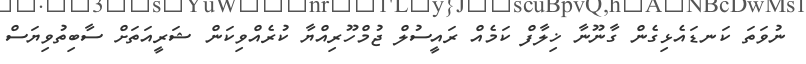
ނުވަތަ ކަނޑައެޅިގެން ގާނޫނާ ޚިލާފް ކަމެއް ރައީސުލް ޖުމްހޫރިއްޔާ ކުރެއްވިކަން ޝަރީއަތަށް ސާބިތުވިޔަސް